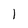
Character: l